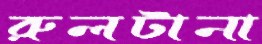
রুলটানা